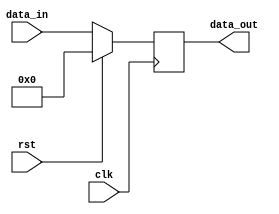
module register 
#(parameter WIDTH=32)
(
input clk,
input rst,
input [WIDTH-1:0] data_in,
output reg [WIDTH-1:0] data_out);


always@(posedge clk)
begin 
if(rst)
data_out<=0;
else begin 
data_out<=data_in;
// data_out[31:24]<=8'b10101010;
end
end

endmodule